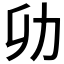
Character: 𭄠